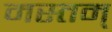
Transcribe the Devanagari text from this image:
मस्तम्